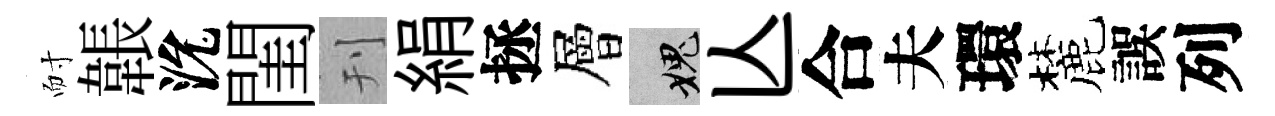
耐韔沇閨刊絹拯層愧亾合夫環麓誤列